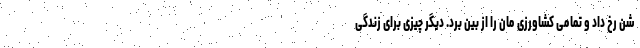
شن رخ داد و تمامی کشاورزی مان را از بین برد. دیگر چیزی برای زندگی